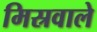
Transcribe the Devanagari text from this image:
मिस्रवाले